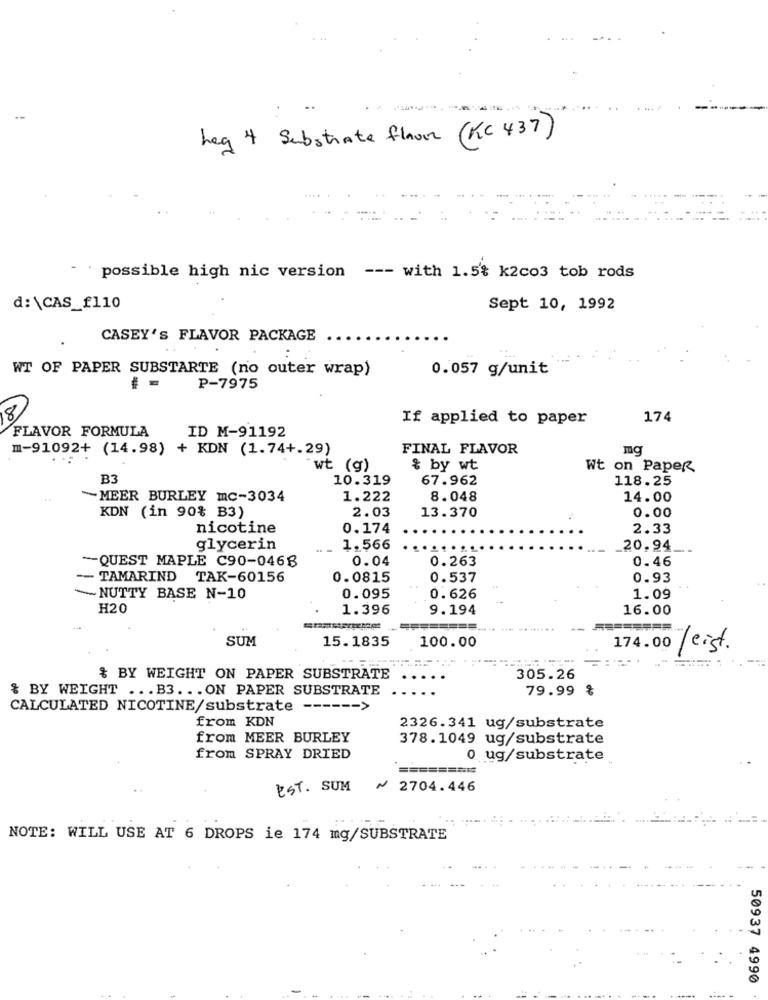
Leg 4 Substrate flour (KC 437)
-
possible high nic version
--- with 1.5% k2co3 tob rods
d:\CAS_£110
Sept 10, 1992
CASEY's FLAVOR PACKAGE
WT OF PAPER SUBSTARTE (no outer wrap)
0.057 g/unit
P-7975
8
If applied to paper
174
FLAVOR FORMULA
ID M-91192
m-91092+ (14.98) + KDN (1.74+.29)
FINAL FLAVOR
mg
"wt (g)
& by wt
Wt on Paper
B3
10.319
67.962
118.25
~MEER BURLEY mc-3034
1.222
8.048
14.00
2.03
13.370
0.00
KDN (in 90% B3)
nicotine
0.174
2.33
glycerin
1.566
20,94.
-QUEST MAPLE C90-0466
0.04
0.263
0.46
TAMARIND TAK-60156
0.0815
0.537
0.93
NUTTY BASE N-10
0.095
0.626
1.09
H20
1.396
9.194
16.00
SUM
15.1835
100.00
174.00 /eist.
& BY WEIGHT ON PAPER SUBSTRATE
305.26
& BY WEIGHT ... B3. .. ON PAPER SUBSTRATE
...
79.99 %
CALCULATED NICOTINE/substrate ------ >
from KDN
2326.341 ug/substrate
from MEER BURLEY
378.1049 ug/substrate
from SPRAY DRIED
0 ug/substrate
========
EST. SUM
~ 2704.446
NOTE: WILL USE AT 6 DROPS ie 174 mg/SUBSTRATE
50937 4990